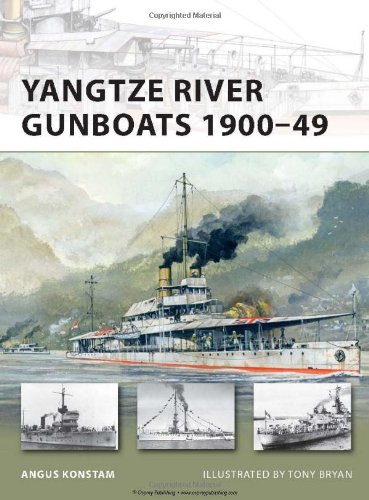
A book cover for Yangtze River Gunboats 1900-49 (New Vanguard); Angus Konstam; Arts & Photography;